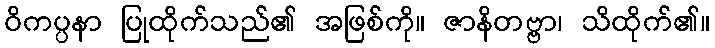
ဝိကပ္ပနာ ပြုထိုက်သည်၏ အဖြစ်ကို။ ဇာနိတဗ္ဗာ၊ သိထိုက်၏။